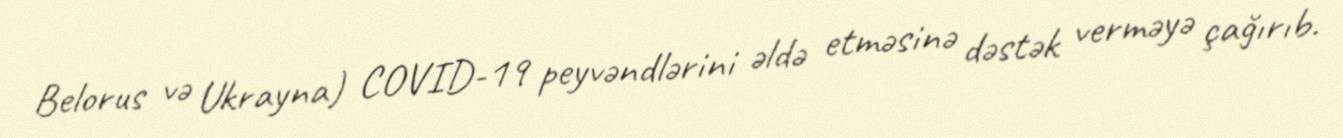
Belorus və Ukrayna) COVID-19 peyvəndlərini əldə etməsinə dəstək verməyə çağırıb.